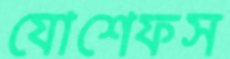
যোশেফস